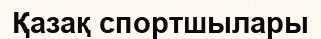
Қазақ спортшылары